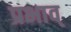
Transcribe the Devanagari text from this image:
प्रभाव्